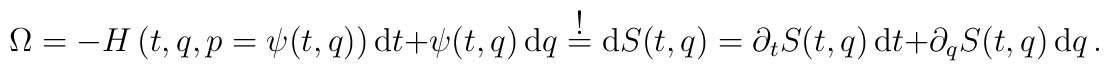
\Omega=-H\left(t,q,p=\psi(t,q)\right){\mbox d}t+\psi(t,q)\,\mbox{d}q\stackrel{\textstyle !}{=}\mbox{d}S(t,q)=\partial_t S(t,q)\,\mbox{d}t+\partial_q S(t,q)\,\mbox{d}q\,.